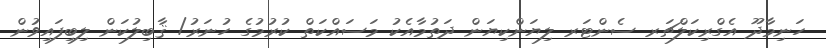
ހަނިމާދޫ އެގްރިކަލްޗަރ ސެންޓަރ ލިޔަންކިޔަން ދަތުމާއެކު މަސައްކަތް ކުރުމުގެ ހުނަރު/ ޤާބިލުކަން ލިބިފައިވުން